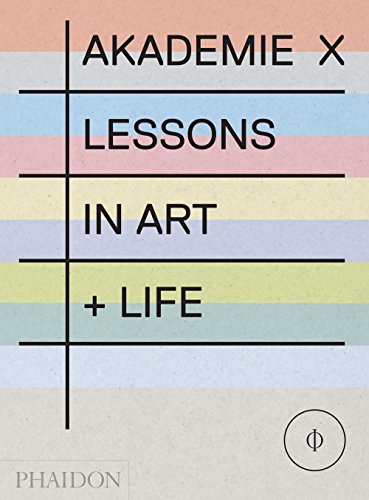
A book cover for Akademie X: Lessons in Art + Life; Marina Abramovic; Arts & Photography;